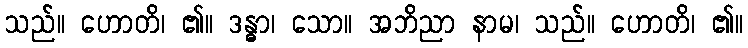
သည်။ ဟောတိ၊ ၏။ ဒန္ဓာ၊ သော။ အဘိညာ နာမ၊ သည်။ ဟောတိ၊ ၏။